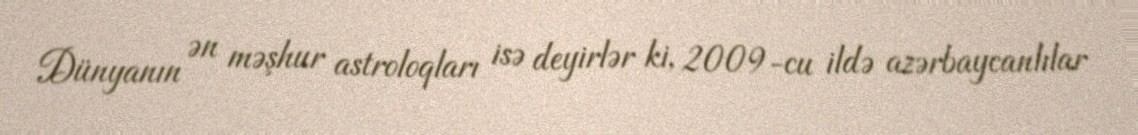
Dünyanın ən məşhur astroloqları isə deyirlər ki, 2009-cu ildə azərbaycanlılar